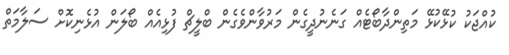
ކުއްޖަކު ކުޅޭކުޅޭ މަތިންދާބޯޓެއް ގަނެނުދީގެން މަރުވާންވެގެން ބްލީޗް ފުޅިއެއް ބޯލަން އުޅެނިކޮށް ސަލާމަތް